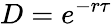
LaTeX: D=e^{-r\tau}